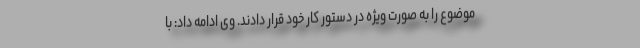
موضوع را به صورت ویژه در دستور کار خود قرار دادند. وی ادامه داد: با